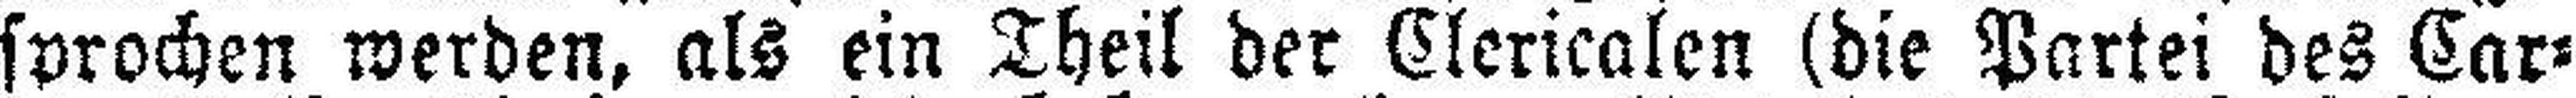
sprochen werden, als ein Theil der Clericalen (die Partei des Car¬